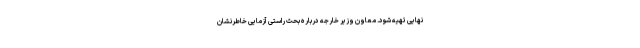
نهایی تهیه شود. معاون وزیر خارجه درباره بحث راستی آزمایی خاطرنشان